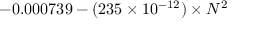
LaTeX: - 0 . 0 0 0 7 3 9 - ( 2 3 5 \times 1 0 ^ { - 1 2 } ) \times N ^ { 2 }